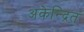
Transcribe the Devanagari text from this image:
अकेन्द्रित